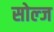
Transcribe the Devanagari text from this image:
सोल्ज